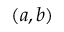
( a , b )